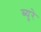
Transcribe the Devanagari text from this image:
ब्युरे